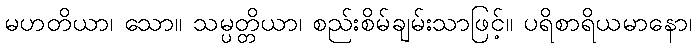
မဟတိယာ၊ သော။ သမ္ပတ္တိယာ၊ စည်းစိမ်ချမ်းသာဖြင့်။ ပရိစာရိယမာနော၊